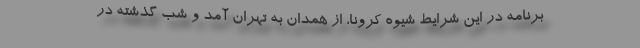
برنامه در این شرایط شیوه کرونا، از همدان به تهران آمد و شب گذشته در